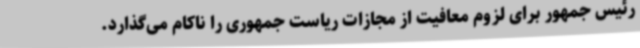
رئیس جمهور برای لزوم معافیت از مجازات ریاست جمهوری را ناکام می‌گذارد.